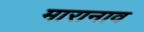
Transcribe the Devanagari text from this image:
मारानाव